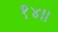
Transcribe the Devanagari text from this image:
१४॥